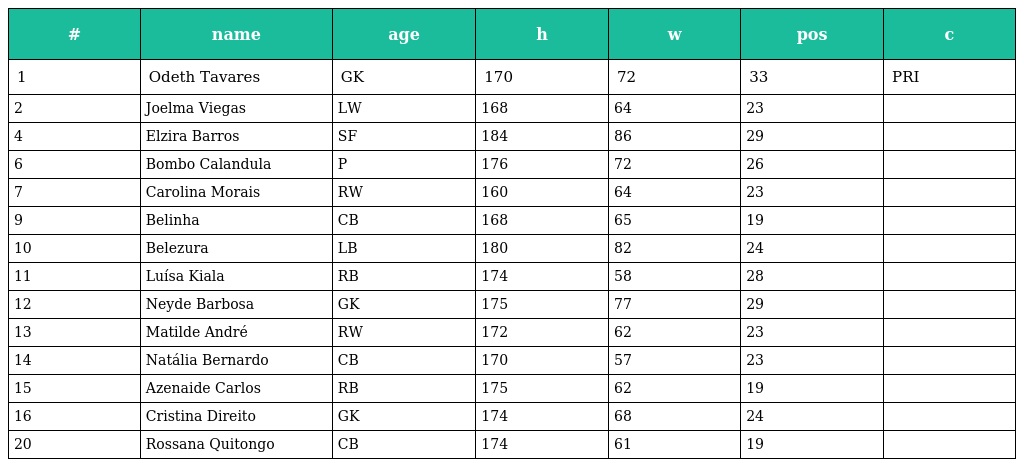
| # | name | age | h | w | pos | c |
 | --- | --- | --- | --- | --- | --- | --- |
 | 1 | Odeth Tavares | GK | 170 | 72 | 33 | PRI |
 | 2 | Joelma Viegas | LW | 168 | 64 | 23 |  |
 | 4 | Elzira Barros | SF | 184 | 86 | 29 |  |
 | 6 | Bombo Calandula | P | 176 | 72 | 26 |  |
 | 7 | Carolina Morais | RW | 160 | 64 | 23 |  |
 | 9 | Belinha | CB | 168 | 65 | 19 |  |
 | 10 | Belezura | LB | 180 | 82 | 24 |  |
 | 11 | Luísa Kiala | RB | 174 | 58 | 28 |  |
 | 12 | Neyde Barbosa | GK | 175 | 77 | 29 |  |
 | 13 | Matilde André | RW | 172 | 62 | 23 |  |
 | 14 | Natália Bernardo | CB | 170 | 57 | 23 |  |
 | 15 | Azenaide Carlos | RB | 175 | 62 | 19 |  |
 | 16 | Cristina Direito | GK | 174 | 68 | 24 |  |
 | 20 | Rossana Quitongo | CB | 174 | 61 | 19 |  |